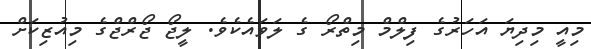
މިއީ މިދިޔަ އަހަރުގެ ފިލްމް މިތްރޯ ގެ ލަވައެކެވެ. ލީޖޯ ޖޯރްޖްގެ މިއުޒިކަށް